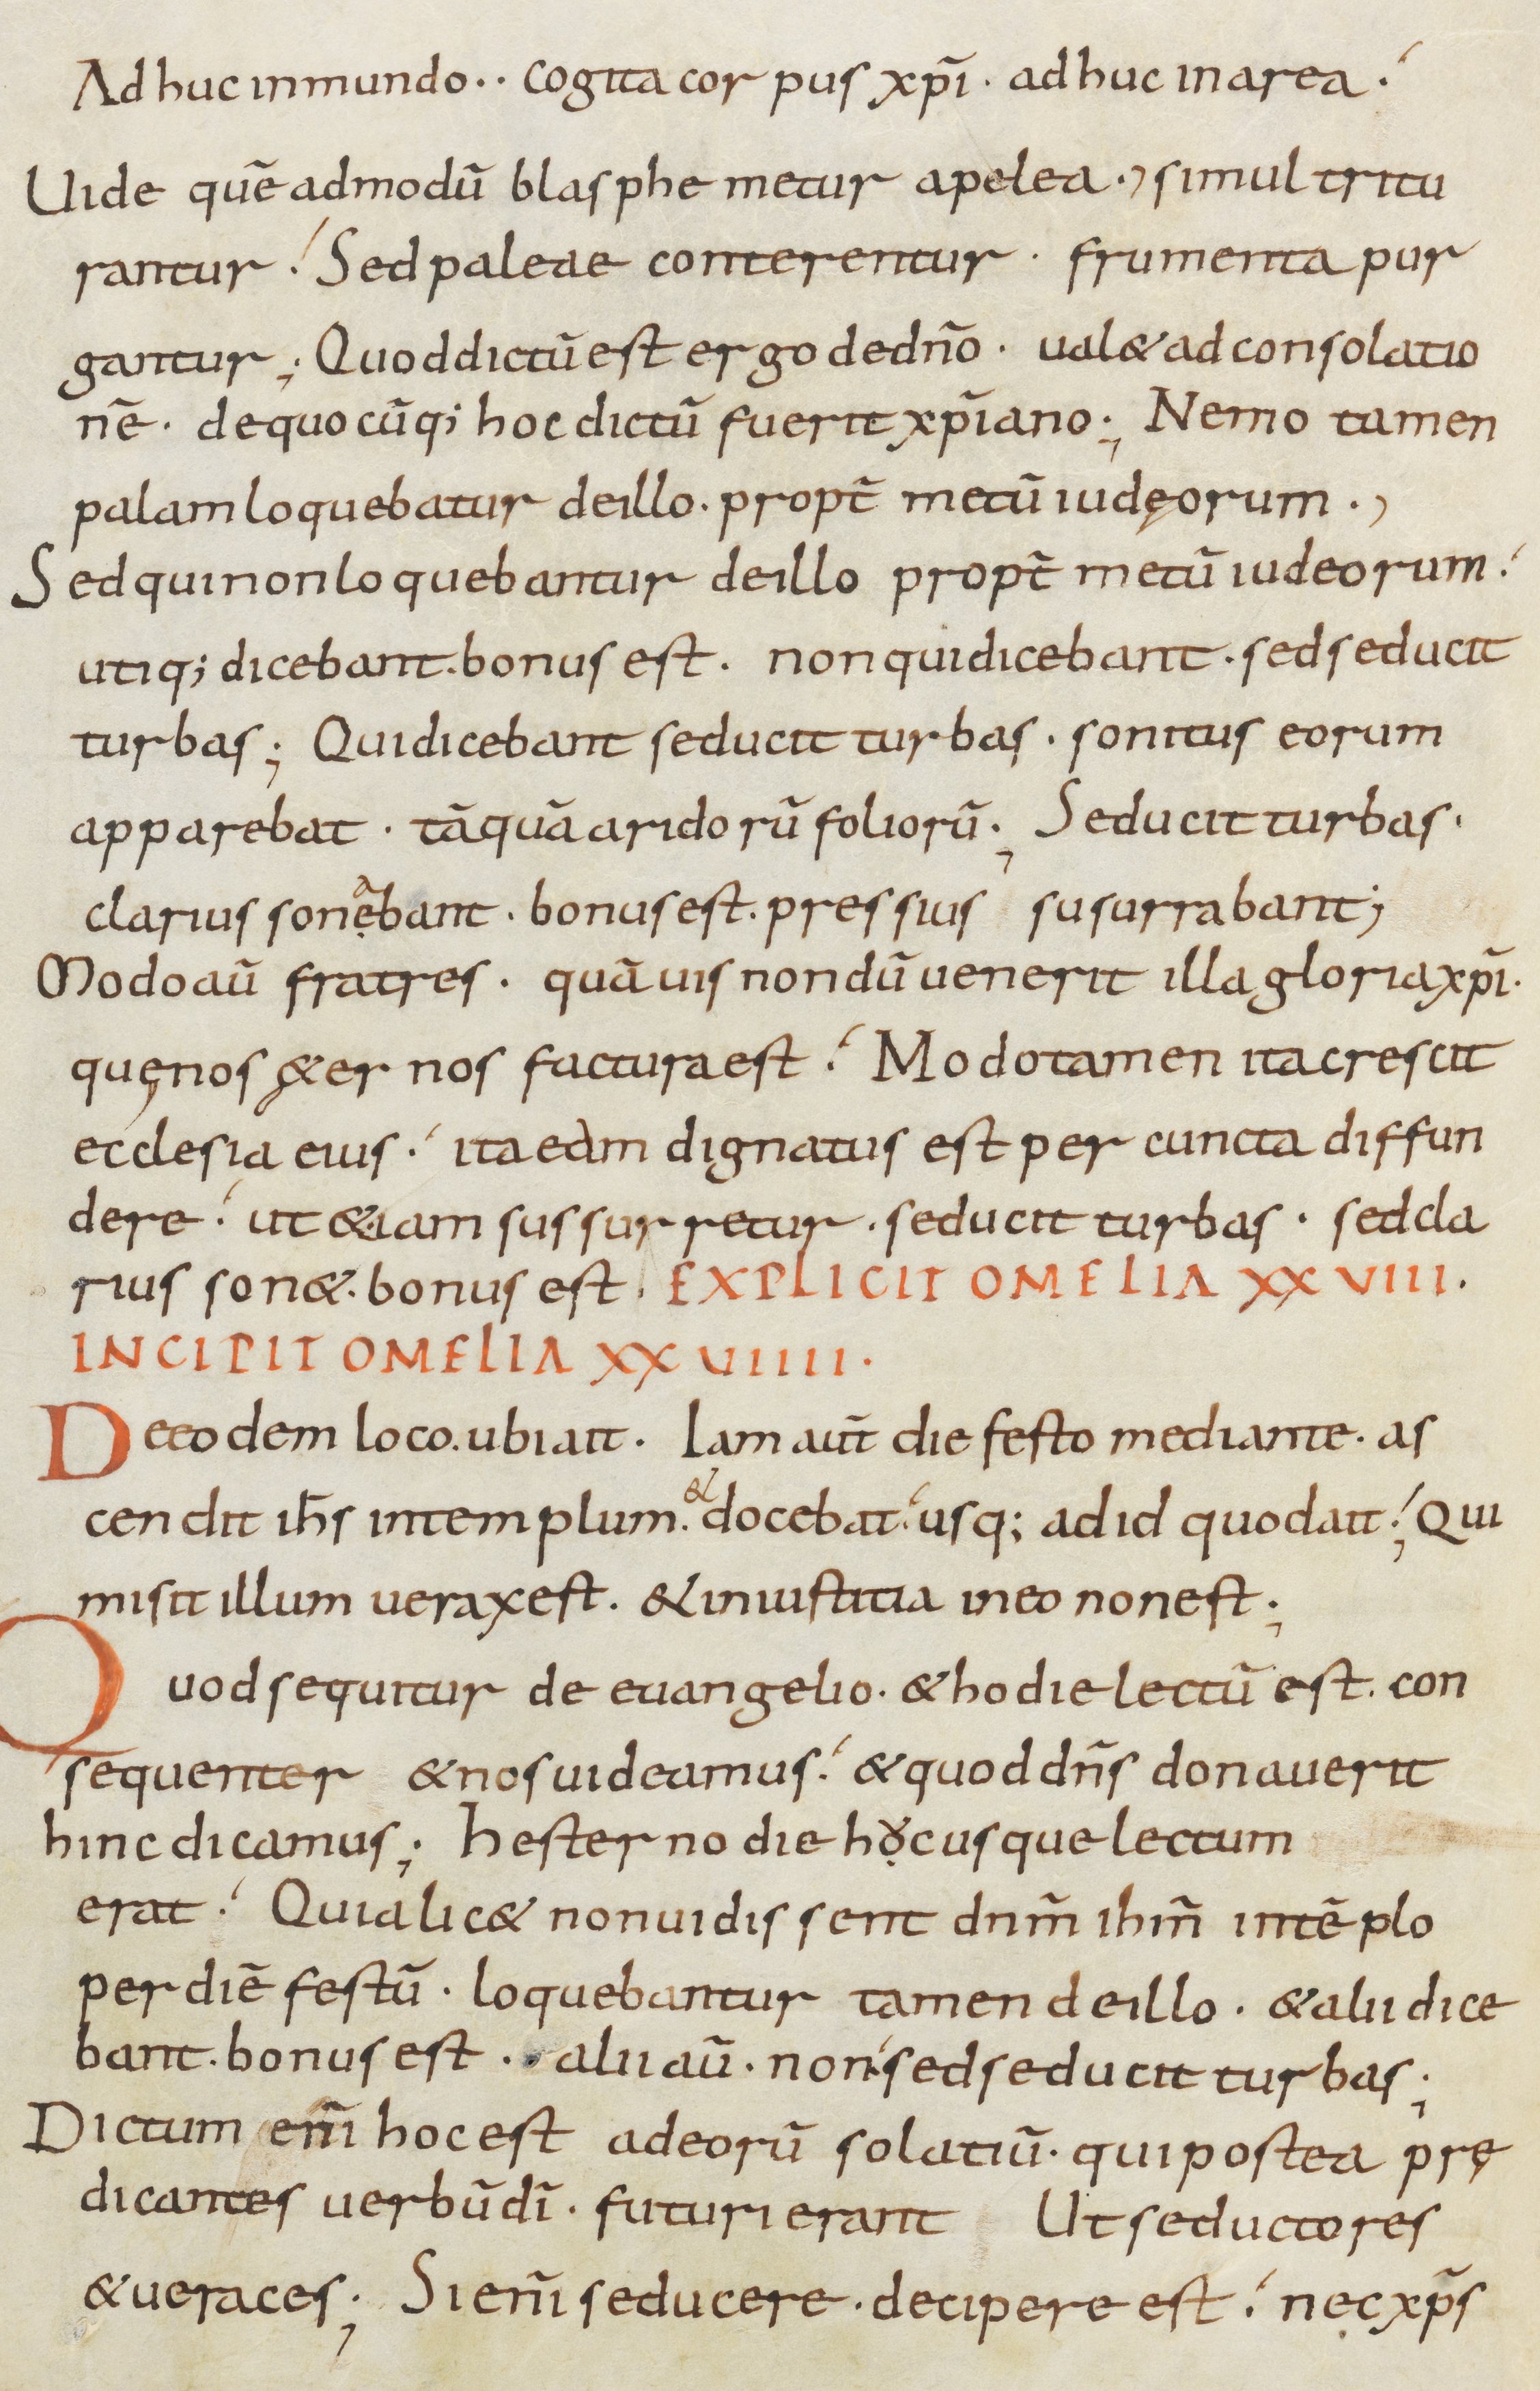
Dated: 800–899